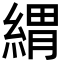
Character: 緭